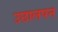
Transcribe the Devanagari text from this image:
उछालपन